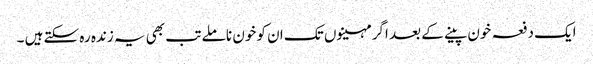
ایک دفعہ خون پینے کے بعد اگر مہینوں تک ان کو خون نا ملے تب بھی یہ زندہ رہ سکتے ہیں ۔